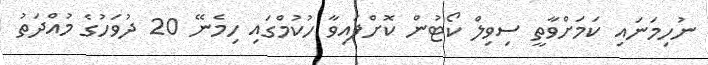
ނުހިމަނައި ކަމަށްވާތީ ސިވިލް ކޯޓުން ކޮށްފައިވާ ހުކުމްގައި ހިމެނޭ 20 ދުވަހުގެ މުއްދަތު